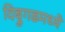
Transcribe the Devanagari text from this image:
दिब्रुगढमध्ये